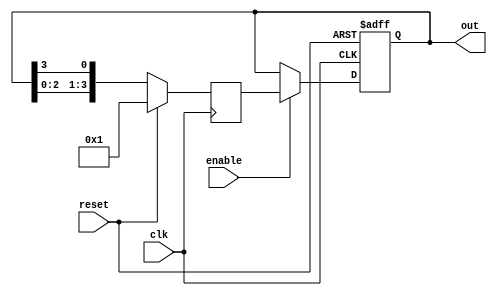
module ring_counter (
    input clk,
    input reset,
    input enable,
    output reg [3:0] out
);

reg [3:0] next_state;

always @(posedge clk or posedge reset) begin
    if (reset) begin
        out <= 4'b0000;
    end else if (enable) begin
        out <= next_state;
    end
end

always @(posedge clk) begin
    if (reset) begin
        next_state <= 4'b0001;
    end else begin
        next_state <= {out[2:0], out[3]};
    end
end

endmodule